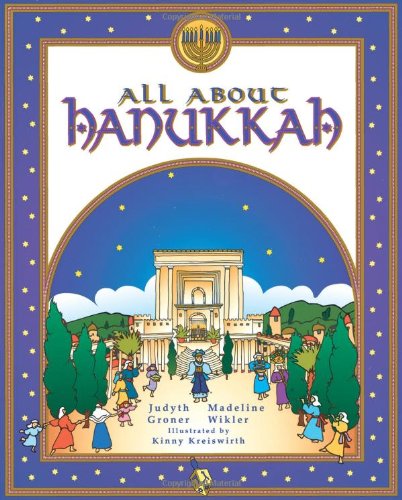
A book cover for All About Hanukkah; Madeline Wikler; Teen & Young Adult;